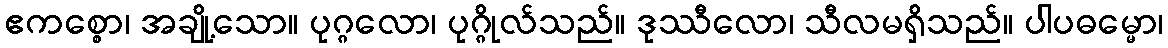
ဧကစ္စော၊ အချို့သော။ ပုဂ္ဂလော၊ ပုဂ္ဂိုလ်သည်။ ဒုဿီလော၊ သီလမရှိသည်။ ပါပဓမ္မော၊